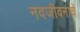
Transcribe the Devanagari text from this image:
नवजीवनाचे